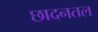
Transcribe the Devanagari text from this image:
छादनतल